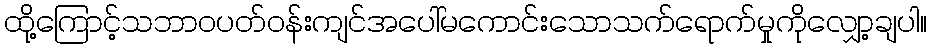
ထို့ကြောင့်သဘာဝပတ်ဝန်းကျင်အပေါ်မကောင်းသောသက်ရောက်မှုကိုလျှော့ချပါ။